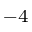
^ { - 4 }